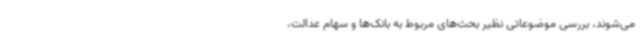
می‌شوند، بررسی موضوعاتی نظیر بحث‌های مربوط به بانک‌ها و سهام عدالت،